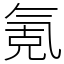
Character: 氪